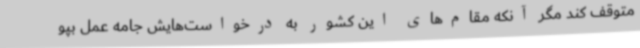
متوقف کند مگر آنکه مقام‌های این کشور به درخواست‌هایش جامه عمل بپو